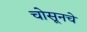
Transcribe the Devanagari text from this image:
चोसूनचे